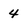
Character: 4